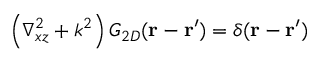
\left( \nabla _ { x z } ^ { 2 } + k ^ { 2 } \right) G _ { 2 D } ( \mathbf { r } - \mathbf { r } ^ { \prime } ) = \delta ( \mathbf { r } - \mathbf { r } ^ { \prime } )